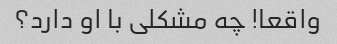
واقعا! چه مشکلی با او دارد؟